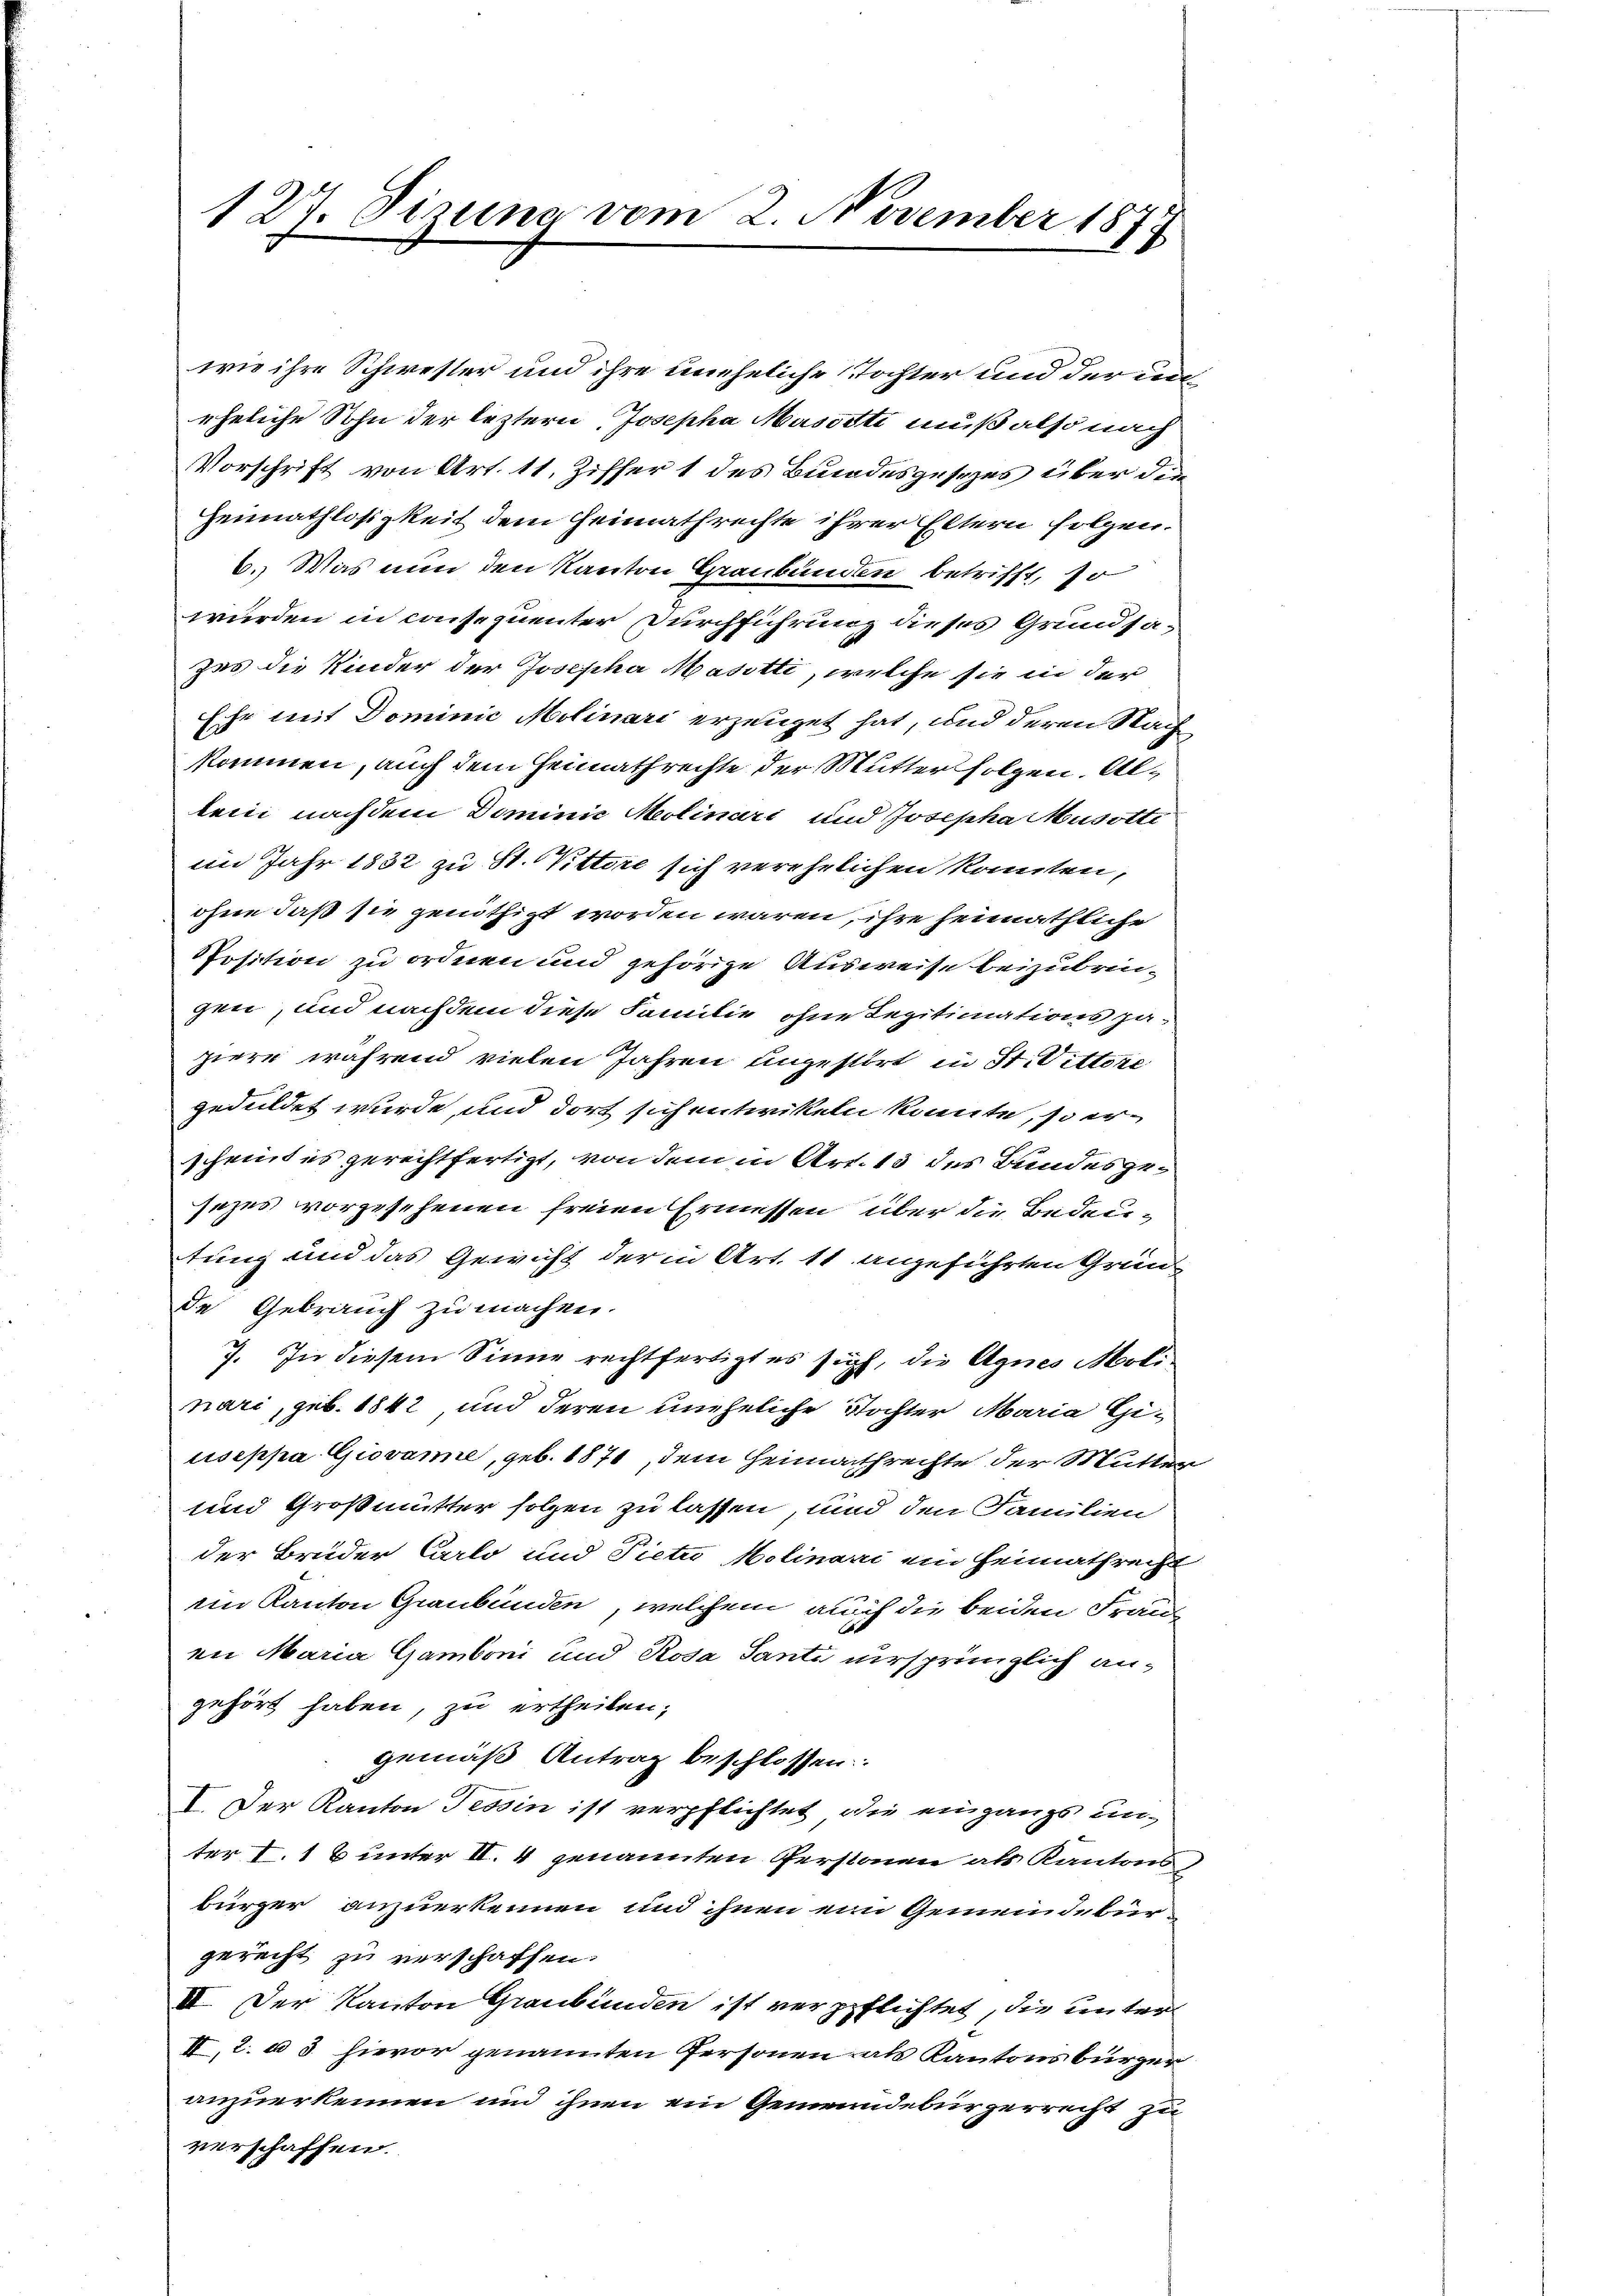
wie ihre Schwester und ihre uneheliche Tochter und der den
eheliche Sohn der leztern Josepha Massste muß also nach
Vorschrift von Art. 11. Ziffer 1 des Bundesgesezes über die
Heimathlosigkeit dem Heimathrechte ihrer Eltern folgen.
6. Was nun den Kanton Graubünden betrifft, so
wurden in consequenter Durchführung dieses Grundsazas die Kinder der Josepha Matotti, welche sie in der
Eche mit Dominic Molinari erzeuget hat, und deren Nach
kommen, auch dem Heimathrechte der Mutter folgen. Allein nachdem Dominie Molinari und Josepha Musotte
im Jahr 1832 zu St. Pittore sich verehelichen konnten,
ohne daß sie genöthigt worden waren, ihre heimathliche
PPosition zu ordnen und gehörige Ausweise beizubrin-
gen, und nachdem diese Familie ohne Legitimations pa-
piere während vielen Jahren ungestört in St. Dittire
geduldet wurde, und dort sich entwikeln könnte, so er
scheint es gerechtfertigt, von dem in Art. 13 des Bundesgesezes vorgesehenen freien Ermessen über die Bedeutung und das Gewicht der in Art. 11 angeführten Grün-
de Gebrauch zu machen.
7. In diesem Sinne rechtfertigt es sicht, die Agnes Molinari, geb. 1842, und deren uneheliche Tochter Maria Giuseppa Giovane, geb. 1871, dem Heimathrechte der Mutter
und Großmutter folgen zu lassen, und den Familien
der Bruder Carlo und Pietr Molinari ein Heimathrecht
im Kanton Graubünden, welchem auch die beiden Frauan Maria Gamboni und Rosa Santi ursprünglich angehört haben, zu ertheilen;
gemäß Antrag beschlossen:
I. Der Kanton Tessin ist verpflichtet, die eingangs unter I. 1 % unter II. 4 genannten Personen als Kantonsbürger anzuerkennen und ihnen ein Gemeindebürgerecht zu verschaffen.
II. Der Kanton Graubünden ist verpflichtet, die unter
II,2. ad hievor genannten Personen als Kantonsbürger
anzuerkennen und ihnen ein Gemeindebürgerrecht zu
verschaffen.

127. Sizung vom 2. November 1873